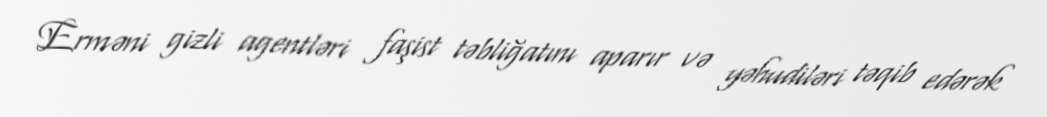
Erməni gizli agentləri faşist təbliğatını aparır və yəhudiləri təqib edərək